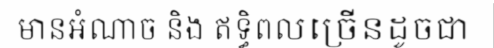
មានអំណាច និង ឥទ្ធិពលច្រើនដូចជា